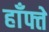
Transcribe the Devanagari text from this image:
हाँफ्ते